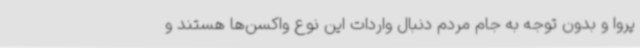
پروا و بدون توجه به جام مردم دنبال واردات این نوع واکسن‌ها هستند و